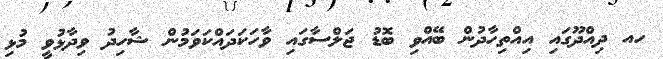
ހއ ދިއްދޫގައި އިއްތިހާދުން ބޭއްވި ބޮޑު ޖަލްސާގައި ވާހަކަދައްކަވަމުން ޝާހިދު ވިދާޅުވީ މުޅި